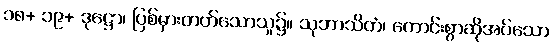
၁၈+ ၁၉+ ဒုဋ္ဌော၊ ပြစ်မှားတတ်သောသူ၌။ သုဘာသိတံ၊ ကောင်းစွာဆိုအပ်သော